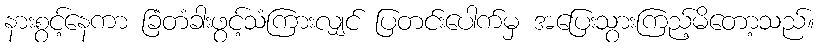
နားစွင့်နေကာ ခြံတံခါးဖွင့်သံကြားလျှင် ပြတင်းပေါက်မှ အပြေးသွားကြည့်မိတော့သည်။